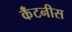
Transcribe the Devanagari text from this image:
कॅंटनीस